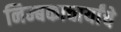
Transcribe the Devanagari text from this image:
निम्बकाचार्यांचे